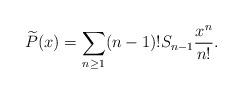
LaTeX: \begin{align*}\widetilde{P}(x) = \sum\limits_{n \geq 1} (n-1)!S_{n-1}\frac{x^n}{n!}.\end{align*}